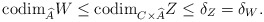
\begin{align*}\mathrm{codim}_{\widehat{A}} W \leq \mathrm{codim}_{C\times \widehat{A}}Z \leq \delta_Z = \delta_W.\end{align*}